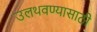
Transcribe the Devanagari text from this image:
उलथवण्यासाठी